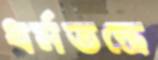
ধর্মতন্ত্রে